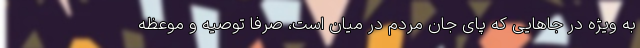
به ویژه در جاهایی که پای جان مردم در میان است، صرفاً توصیه و موعظه